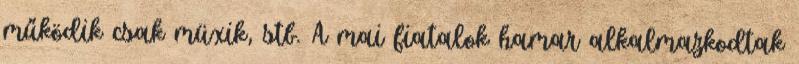
működik csak müxik, stb. A mai fiatalok hamar alkalmazkodtak